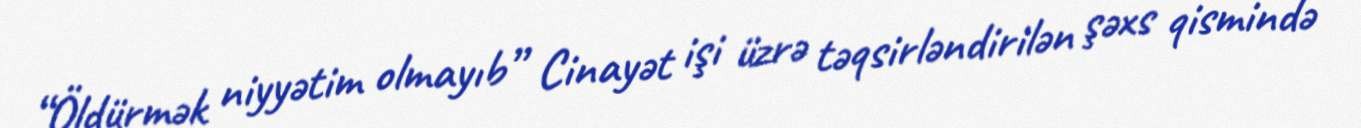
“Öldürmək niyyətim olmayıb” Cinayət işi üzrə təqsirləndirilən şəxs qismində